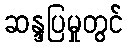
ဆန္ဒပြမှုတွင်